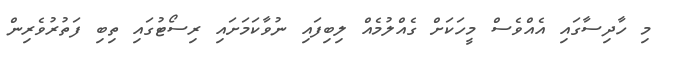
މި ހާދިސާގައި އެއްވެސް މީހަކަށް ގެއްލުމެއް ލިބިފައި ނުވާކަމަށައި ރިސޯޓުގައި ތިބި ފަތުރުވެރިން